Report on the lunatic asylums under the Government of Bombay - 1904-1913
Year: 1904
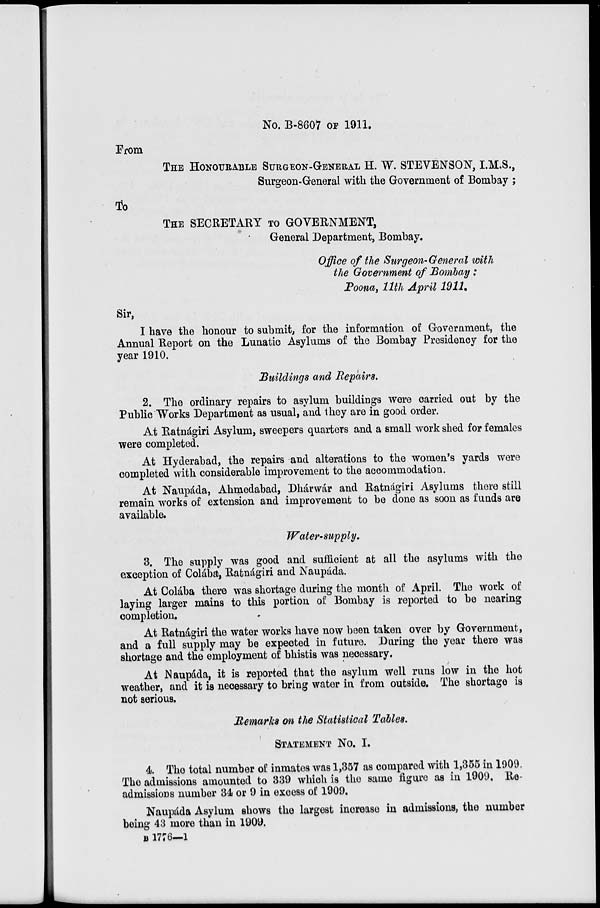
No. B-8607 OF 1911.
From
THE HONOURABLE SURGEON-GENERAL H. W. STEVENSON, I.M.S.,
Surgeon-General with the Government of Bombay ;
To
THE SECRETARY TO GOVERNMENT,
General Department, Bombay.
Office of the Burgeon-General with
the Government of Bombay:
Poona, 11th April 1911.
Sir,
I have the honour to submit, for the information of Government, the
Annual Report on the Lunatic Asylums of the Bombay Presidency for the
year 1910.
Buildings and Repairs.
2. The ordinary repairs to asylum buildings were carried out by the
Public Works Department as usual, and they are in good order.
At Ratnágiri Asylum, sweepers quarters and a small work shed for females
were completed.
At Hyderabad, the repairs and alterations to the women's yards were
completed with considerable improvement to the accommodation.
At Naupáda, Ahmedabad, Dhárwár and Ratnágiri Asylums there still
remain works of extension and improvement to be done as soon as funds are
available.
Water-supply.
3. The supply was good and sufficient at all the asylums with the
exception of Colába, Ratnágiri and Naupáda.
At Colába there was shortage during the month of April. The work of
laying larger mains to this portion of Bombay is reported to be nearing
completion.
At Ratnágiri the water works have now been taken over by Government,
and a full supply may be expected in future. During the year there was
shortage and the employment of bhistis was necessary.
At Naupáda, it is reported that the asylum well runs low in the hot
weather, and it is necessary to bring water in from outside. The shortage is
not serious.
Remarks on the Statistical Tables.
STATEMENT NO. I.
4. The total number of inmates was 1,357 as compared with 1,355 in 1909.
The admissions amounted to 339 which is the same figure as in 1909. Re-
admissions number 34 or 9 in excess of 1909.
Naupáda Asylum shows the largest increase in admissions, the number
being 43 more than in 1909.
B 1776—1